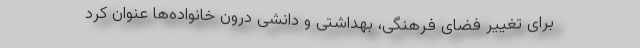
برای تغییر فضای فرهنگی، بهداشتی و دانشی درون خانواده‌ها عنوان کرد